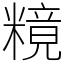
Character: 糡